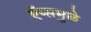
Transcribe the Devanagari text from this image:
ऍप्समुळे